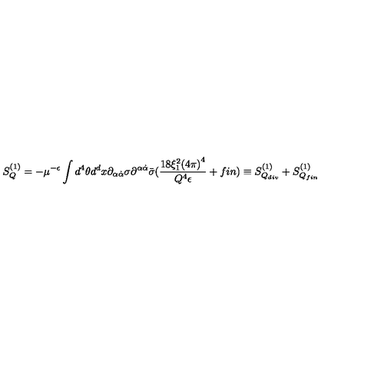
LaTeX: S _ { Q } ^ { ( 1 ) } = - \mu ^ { - \epsilon } \int d ^ { 4 } \theta d ^ { d } x \partial _ { \alpha \dot { \alpha } } \sigma \partial ^ { \alpha \dot { \alpha } } \bar { \sigma } ( \frac { 1 8 \xi _ { 1 } ^ { 2 } { ( 4 \pi ) } ^ { 4 } } { Q ^ { 4 } \epsilon } + f i n ) \equiv S _ { Q _ { d i v } } ^ { ( 1 ) } + S _ { Q _ { f i n } } ^ { ( 1 ) }